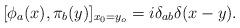
LaTeX: \begin{align*}[\phi_{a} (x), \pi_{b} (y) ]_{x_{0} = y_{o} }= i \delta_{ab} \delta (x-y) .\end{align*}